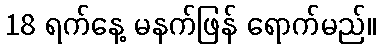
18 ရက်နေ့ မနက်ဖြန် ရောက်မည်။